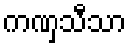
ကဏှသီသာ